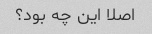
اصلا این چه بود؟